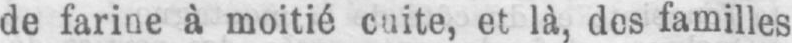
et là, des familles